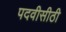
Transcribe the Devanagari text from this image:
पदवीसीठी